Report on vaccination in the Province of Bengal - 1869-1873
Year: 1869
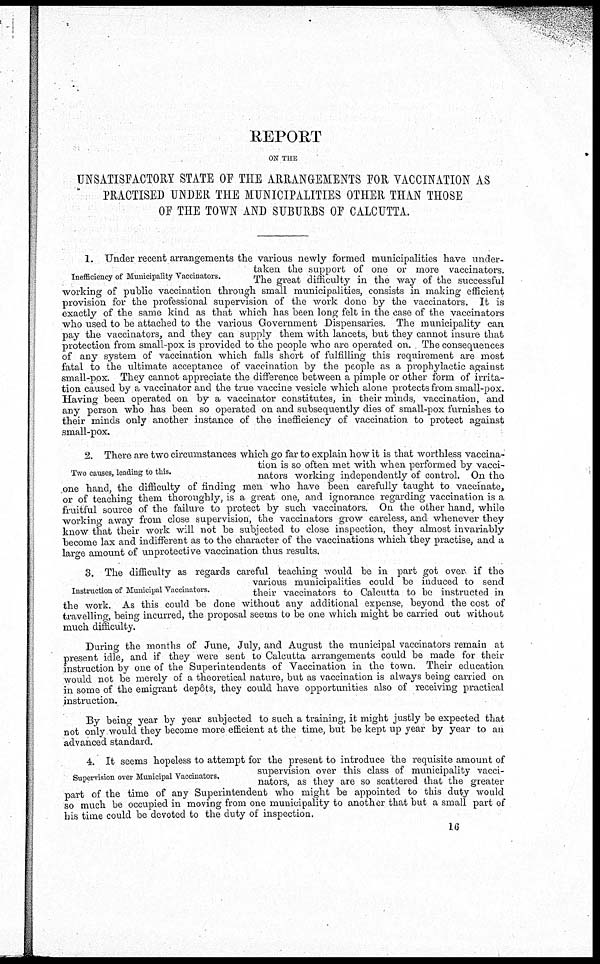
REPORT
ON THE
UNSATISFACTORY STATE OF THE ARRANGEMENTS FOR VACCINATION AS
PRACTISED UNDER THE MUNICIPALITIES OTHER THAN THOSE
OF THE TOWN AND SUBURBS OF CALCUTTA.
Inefficiency of Municipality Vaccinators.
1. Under recent arrangements the various newly formed municipalities have under-
taken the support of one or more vaccinators.
The great difficulty in the way of the successful
working of public vaccination through small municipalities, consists in making efficient
provision for the professional supervision of the work done by the vaccinators. It is
exactly of the same kind as that which has been long felt in the case of the vaccinators
who used to be attached to the various Government Dispensaries. The municipality can
pay the vaccinators, and they can supply them with lancets, but they cannot insure that
protection from small-pox is provided to the people who are operated on. The consequences
of any system of vaccination which falls short of fulfilling this requirement are most
fatal to the ultimate acceptance of vaccination by the people as a prophylactic against
small-pox. They cannot appreciate the difference between a pimple or other form of irrita-
tion caused by a vaccinator and the true vaccine vesicle which alone protects from small-pox.
Having been operated on by a vaccinator constitutes, in their minds, vaccination, and
any person who has been so operated on and subsequently dies of small-pox furnishes to
their minds only another instance of the inefficiency of vaccination to protect against
small-pox.
Two causes, leading to this.
2. There are two circumstances which go far to explain how it is that worthless vaccina-
tion is so often met with when performed by vacci-
nators working independently of control. On the
one hand, the difficulty of finding men who have been carefully taught to vaccinate,
or of teaching them thoroughly, is a great one, and ignorance regarding vaccination is a
fruitful source of the failure to protect by such vaccinators. On the other hand, while
working away from close supervision, the vaccinators grow careless, and whenever they
know that their work will not be subjected to close inspection, they almost invariably
become lax and indifferent as to the character of the vaccinations which they practise, and a
large amount of unprotective vaccination thus results.
Instruction of Municipal Vaccinators.
3. The difficulty as regards careful teaching would be in part got over if the
various municipalities could be induced to send
their vaccinators to Calcutta to be instructed in
the work. As this could be done without any additional expense, beyond the cost of
travelling, being incurred, the proposal seems to be one which might be carried out without
much difficulty.
During the months of June, July, and August the municipal vaccinators remain at
present idle, and if they were sent to Calcutta arrangements could be made for their
instruction by one of the Superintendents of Vaccination in the town. Their education
would not be merely of a theoretical nature, but as vaccination is always being carried on
in some of the emigrant depôts, they could have opportunities also of receiving practical
instruction.
By being year by year subjected to such a training, it might justly be expected that
not only would they become more efficient at the time, but be kept up year by year to an
advanced standard.
Supervision over Municipal Vaccinators.
4. It seems hopeless to attempt for the present to introduce the requisite amount of
supervision over this class of municipality vacci-
nators, as they are so scattered that the greater
part of the time of any Superintendent who might be appointed to this duty would
so much be occupied in moving from one municipality to another that but a small part of
his time could be devoted to the duty of inspection.
16